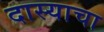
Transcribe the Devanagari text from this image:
दास्याचा